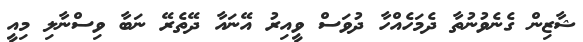
ޝާޒިން ގެނެވުނުތާ ދެމަހެއްހާ ދުވަސް ވީއިރު އޭނައާ ދޭތެރޭ ނަބާ ވިސްނާލި މިއީ